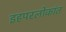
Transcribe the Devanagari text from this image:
इहपरलोकांत